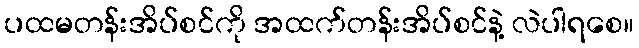
ပထမတန်းအိပ်စင်ကို အထက်တန်းအိပ်စင်နဲ့ လဲပါရစေ။